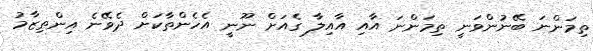
ތިމަންނަ ބޭނުންވަނީ ތިމަންނަ އާއި އާއިލާ ގެއަށް ނޫނީ އެހެންތާކަށް ދެވޭނެ އިންތިޒާމު